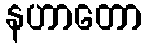
နဟာတော